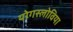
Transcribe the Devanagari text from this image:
योगस्लोविया